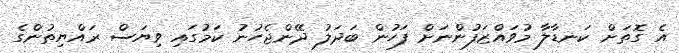
އެ ގޮތަށް ކަނޑާލާ މުވައްޒަފުންނަށް ފަހުން ބަދަލު ދޭންޖެހުނު ކަމުގައި ވިޔަސް ރައްޔިތުންގެ